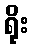
ရိုး